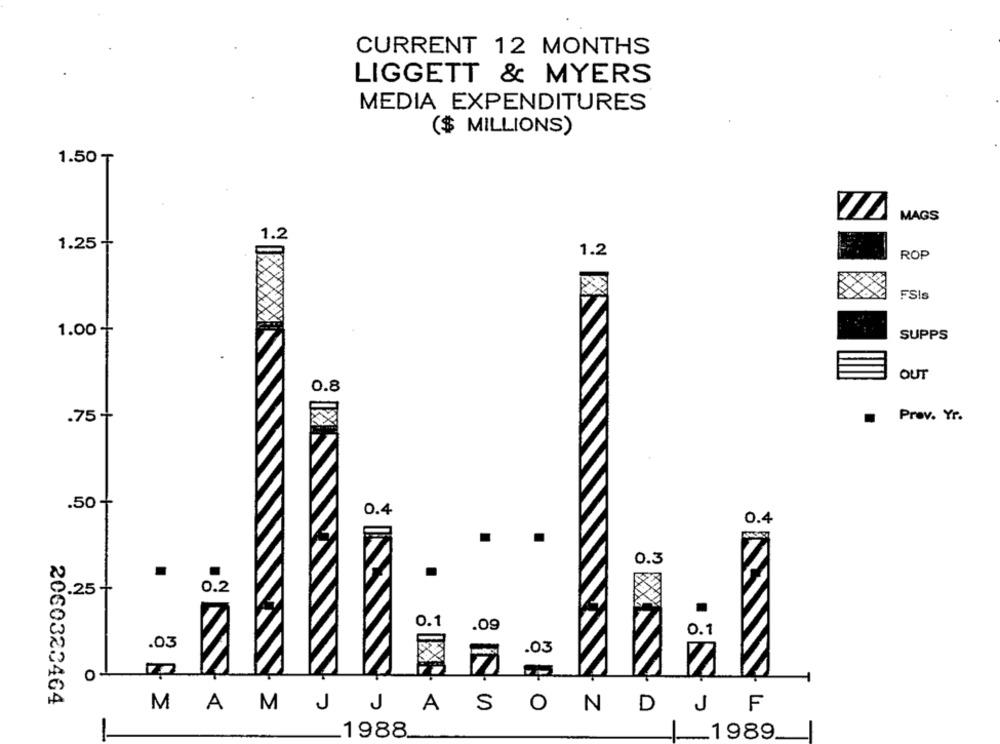
CURRENT 12 MONTHS
LIGGETT & MYERS
MEDIA EXPENDITURES
($ MILLIONS)
1.50 T
MAGS
1.2
1.25-
1.2
ROP
FSIs
1.00+
SUPPS
OUT
0.8
.75+
Prov. Yr.
.50+
0.4
0.4
0.3
0.2
2.25 -
0.1
.09
0.1
.03
KX
.03
O-
2060323464
M
A
J
A
S
0
N
D
F
M J
J
1988
1989